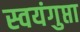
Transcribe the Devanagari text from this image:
स्वयंगुप्ता